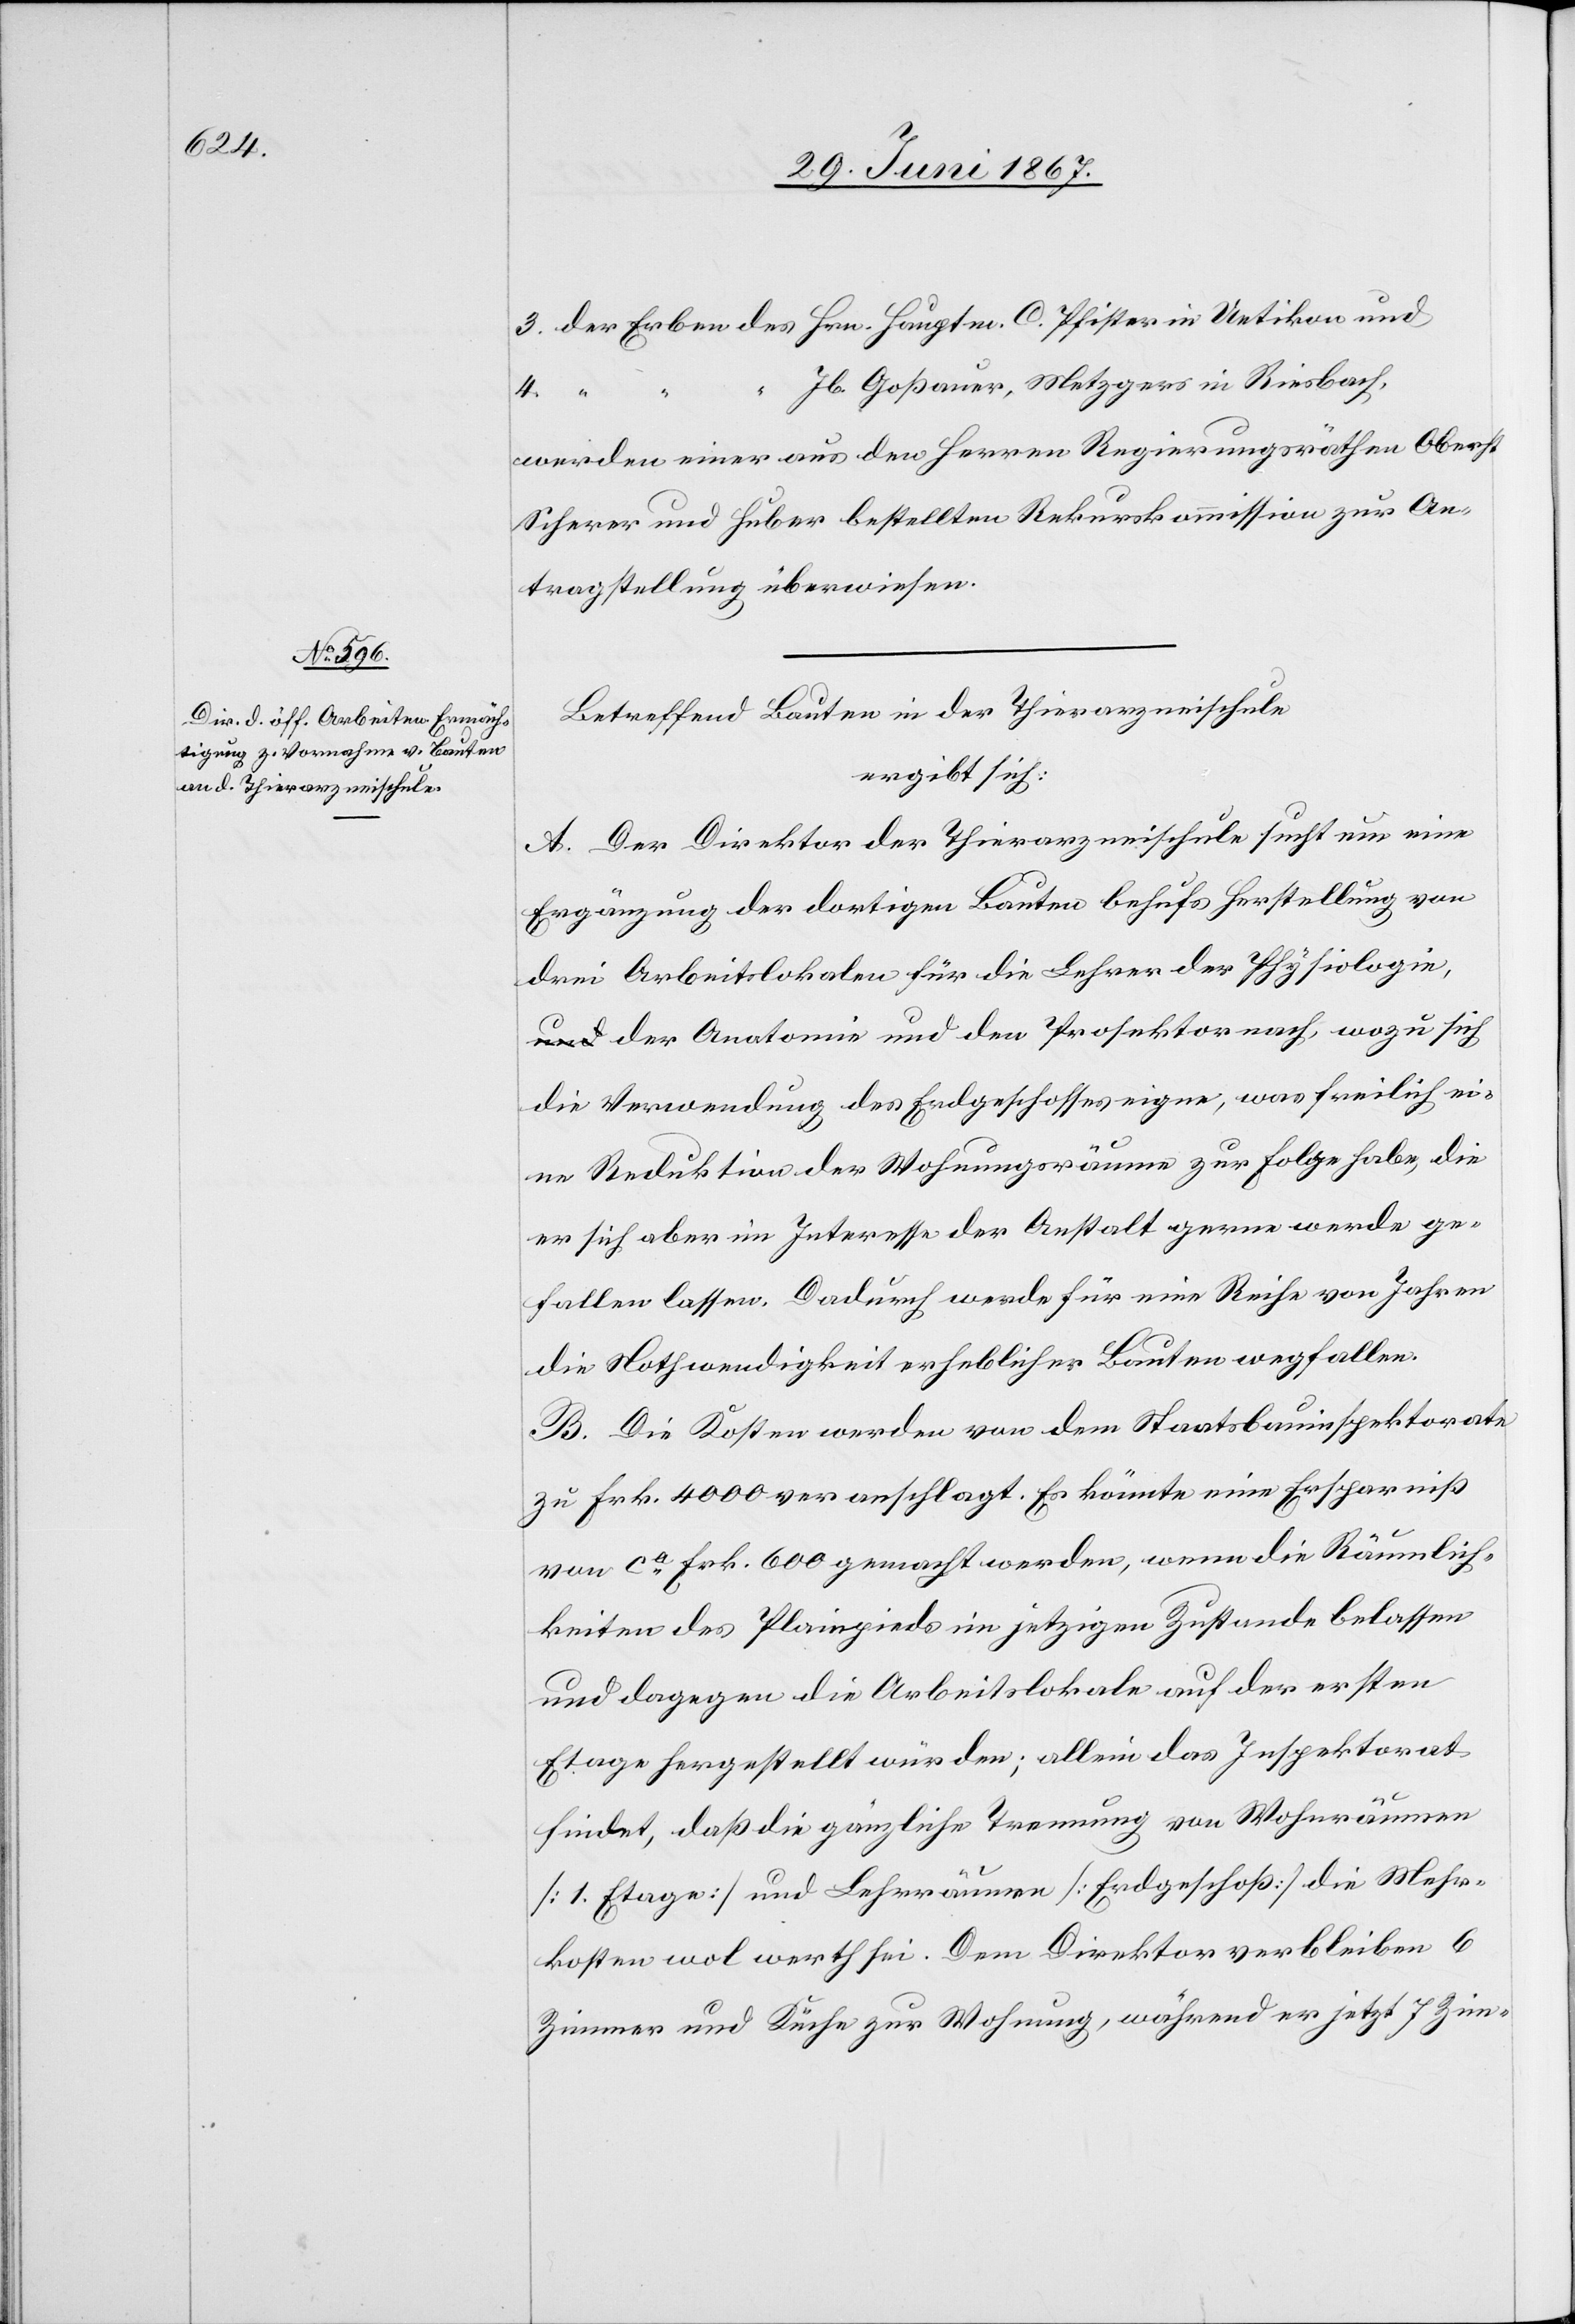
3. der Erben des Hrn. Hauptm. C. Pfister in Uetikon und
“ Jb. Goßauer, Metzgers in Riesbach,
werden einer aus den Herren Regierungsräthen Oberst
Scherer und Huber bestellten Rekurskommission zur An¬
tragstellung überwiesen.
Betreffend Bauten in der Thierarzneischule
ergibt sich:
A. Der Direktor der Thierarzneischule sucht um eine
Ergänzung der dortigen Bauten behufs Herstellung von
drei Arbeitslokalen für die Lehrer der Physiologi¬
e, der Anatomie und den Prosekten nach, wozu sich
die Verwendung des Erdgeschosses eigne, was freilich ei¬
Räumlich¬
ne Reduktion der Wohnungsräume zur Folge habe, die
er sich aber im Interesse der Anstalt gerne werde ge¬
fallen lassen. Dadurch werde für eine Reihe von Jahren
die Nothwendigkeit erheblicher Bauten wegfallen.
B. Die Kosten werden von dem Staatsbauinspektorate
zu Frk. 4000 veranschlagt. Es könnte einer Ersparniß
keiten des Plainpieds im jetzigen Zustande belassen
und dagegen die Arbeitslokale auf der ersten
Etage hergestellt würden; allein das Inspektorat
findet, daß die gänzliche Trennung von Wohnräumen
[1. Etage] und Lehrräumen [Erdgeschoß] die Mehr¬
kosten wol werth sei. Dem Direktor verlieben 6
Zimmer und Küche zur Wohnung, während er jetzt 7 Zim-